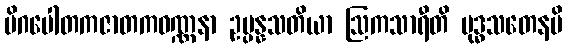
မိဂပေါတကဇာတကဝဏ္ဏနာ ဥပ္ပန္နသတိယာ ဩကသာရီတိ ဗုဒ္ဓသတေနပိ